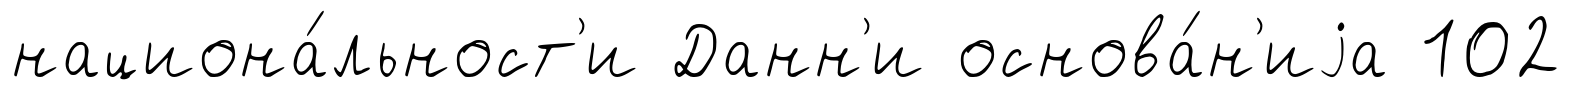
национа́льност'и Данн'и основа́н'иjа 102